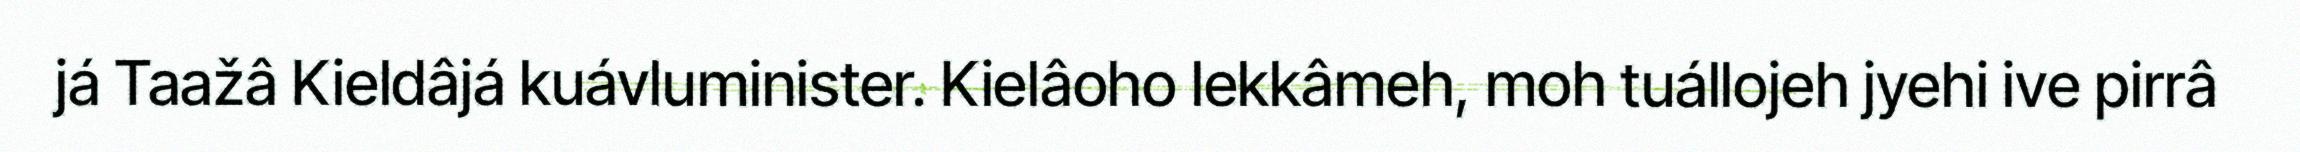
já Taažâ Kieldâjá kuávluminister. Kielâoho lekkâmeh, moh tuállojeh jyehi ive pirrâ